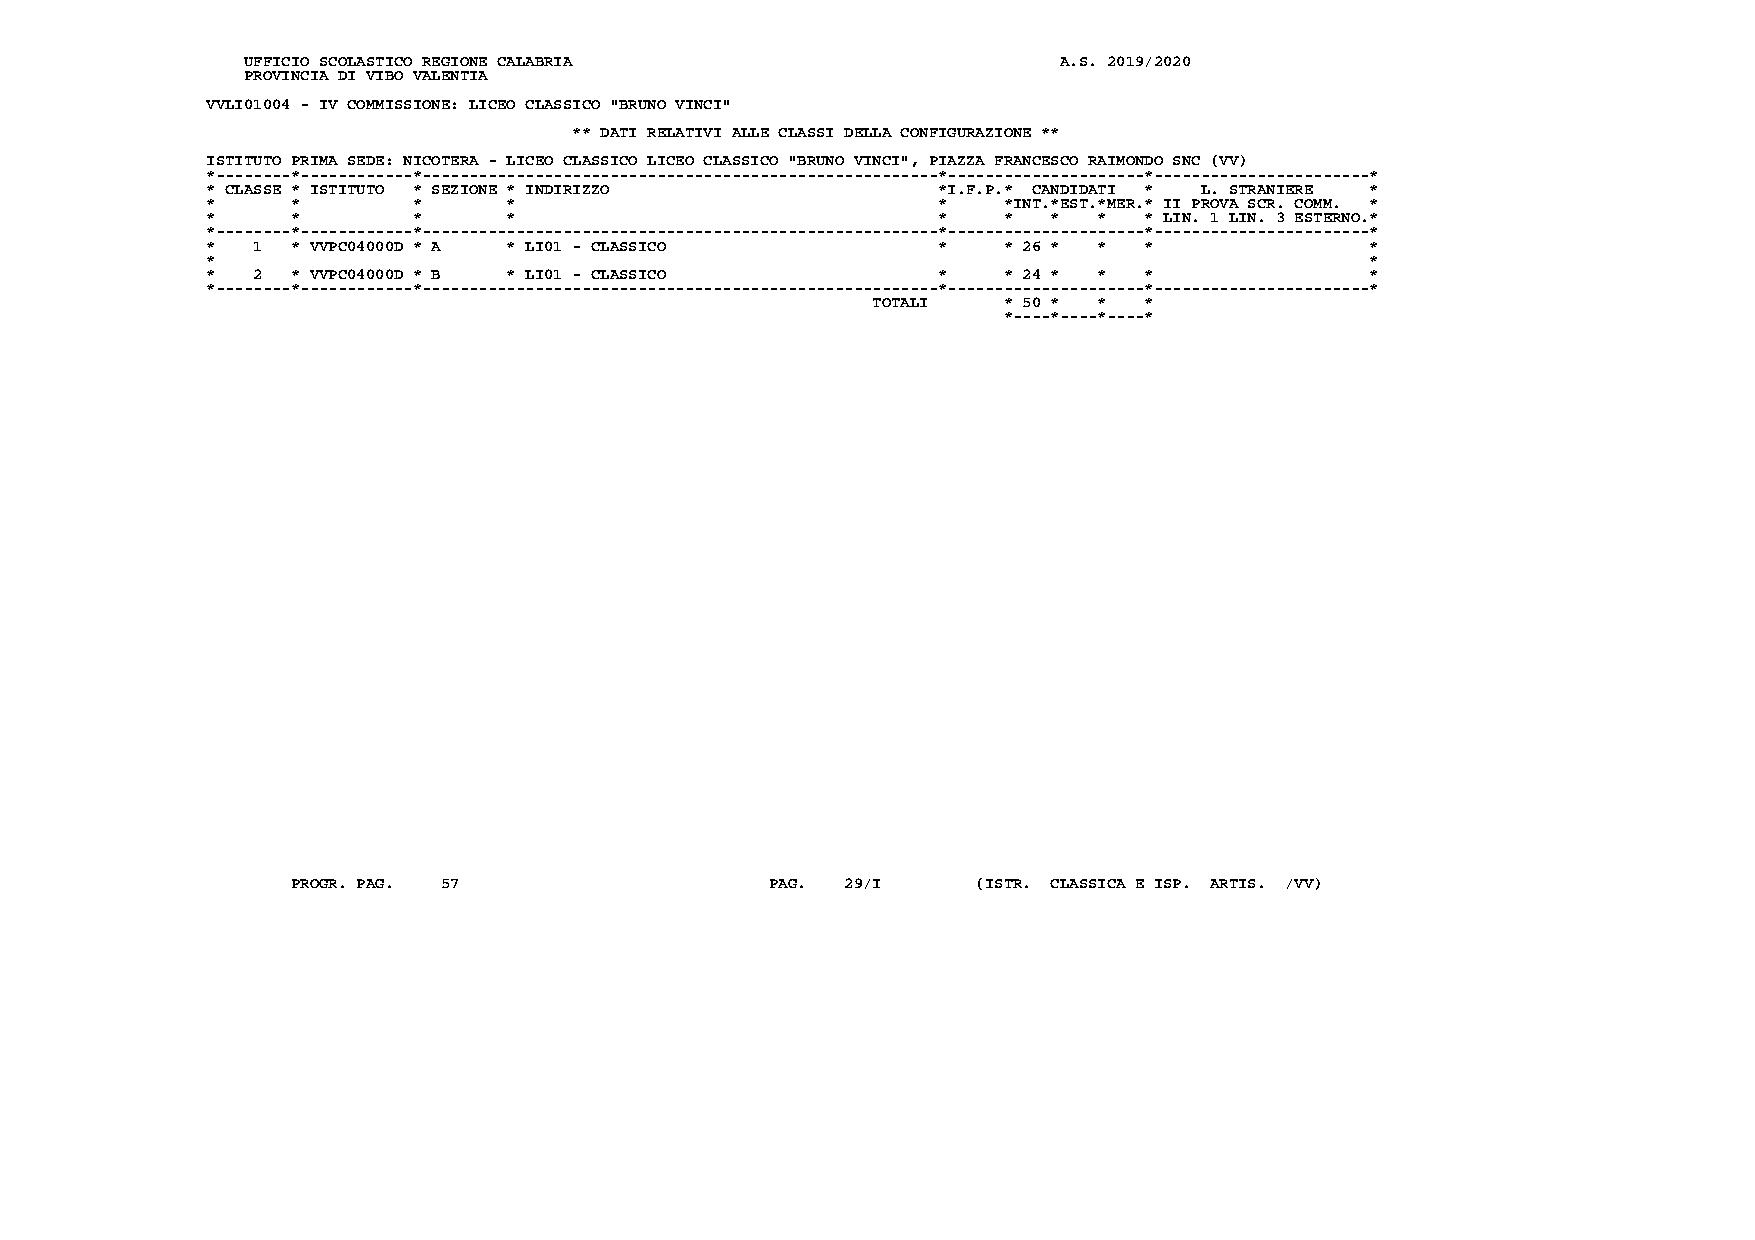
UFFICIO SCOLASTICO REGIONE CALABRIA                   A.S. 2019/2020
 PROVINCIA DI VIBO VALENTIA
 VVLI01004 - IV COMMISSIONE: LICEO CLASSICO "BRUNO VINCI"
 ** DATI RELATIVI ALLE CLASSI DELLA CONFIGURAZIONE **
 ISTITUTO PRIMA SEDE: NICOTERA - LICEO CLASSICO LICEO CLASSICO "BRUNO VINCI", PIAZZA FRANCESCO RAIMONDO SNC (VV)
 *--------*------------*-------------------------------------------------------*---------------------*-----------------------*
 * CLASSE * ISTITUTO * SEZIONE * INDIRIZZO       *I.F.P.* CANDIDATI * L. STRANIERE *
 *    *       *      *                           *   *INT.*EST.*MER.* II PROVA SCR. COMM. *
 *    *       *      *                           *   *   *  *  * LIN. 1 LIN. 3 ESTERNO.*
 *--------*------------*-------------------------------------------------------*---------------------*-----------------------*
 *  1 * VVPC04000D * A * LI01 - CLASSICO         *   * 26 * *  *              *
 *                                                                            *
 *  2 * VVPC04000D * B * LI01 - CLASSICO         *   * 24 * *  *              *
 *--------*------------*-------------------------------------------------------*---------------------*-----------------------*
 TOTALI  * 50 * *  *
 *----*----*----*
 PROGR. PAG. 57                  PAG. 29/I     (ISTR. CLASSICA E ISP. ARTIS. /VV)